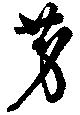
芳